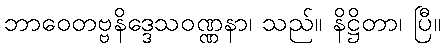
ဘာဝေတဗ္ဗနိဒ္ဒေသဝဏ္ဏနာ၊ သည်။ နိဋ္ဌိတာ၊ ပြီ။